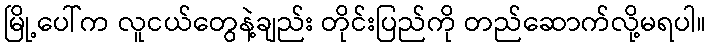
မြို့ပေါ်က လူငယ်တွေနဲ့ချည်း တိုင်းပြည်ကို တည်ဆောက်လို့မရပါ။